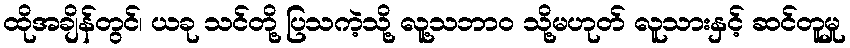
ထိုအချိန်တွင်၊ ယခု သင်တို့ ပြသကဲ့သို့ လူ့သဘာဝ သို့မဟုတ် လူသားနှင့် ဆင်တူမှု